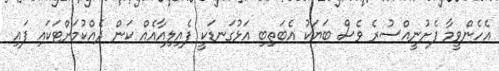
އެހެންވީމާ ފެށުނީއްސުރެ ވެސް ބަޔަކު އެބަތިބި އަޅުގަނޑަކީ ފެއިލިއާއެއް ކަން ދެއްކުމަށްޓަކައި ފައި